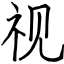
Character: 视